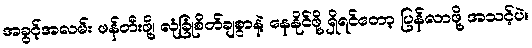
အခွင့်အလမ်း ဖန်တီးဖို့၊ လုံခြုံစိတ်ချစွာနဲ့ နေနိုင်ဖို့ ရှိရင်တော့ ပြန်လာဖို့ အသင့်ပဲ။